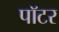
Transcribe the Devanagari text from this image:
पाॅटर